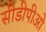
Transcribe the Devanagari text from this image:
सीडीपीओ